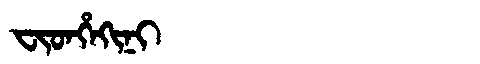
Manchu: ᠸᡳᡨᡥᡝᡴᡳᠨᡳ
Romanization: FITHEKINI